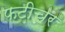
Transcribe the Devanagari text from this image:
फटीचर